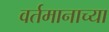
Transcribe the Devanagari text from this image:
वर्तमानाच्या